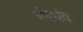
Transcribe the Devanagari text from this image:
पौनर्भव